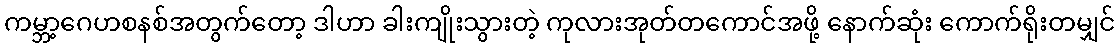
ကမ္ဘာ့ဂေဟစနစ်အတွက်တော့ ဒါဟာ ခါးကျိုးသွားတဲ့ ကုလားအုတ်တကောင်အဖို့ နောက်ဆုံး ကောက်ရိုးတမျှင်